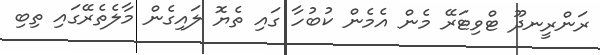
ރަންރީނދޫ ޓްވިޓަރޭ މެން އެމެން ކުބުހާ ގައި ތެޔޮ ލައިގެން މާލެތެރޭގައި ތިބި